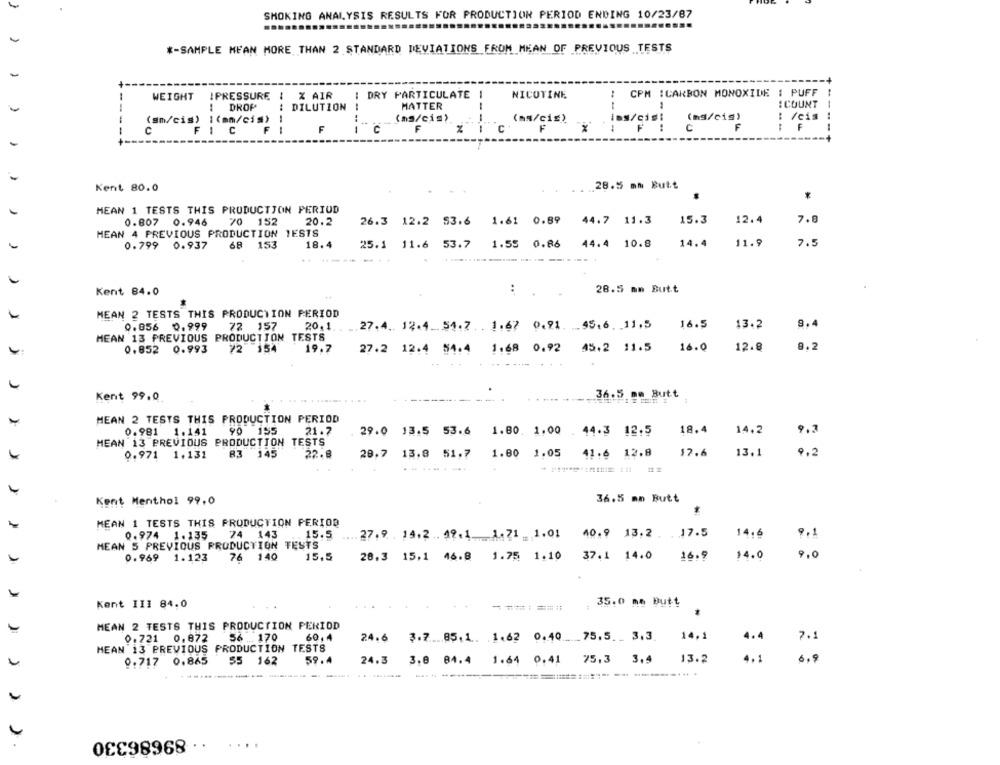
SMOKING ANALYSIS RESULTS FOR PRODUCTION PERIOD ENDING 10/23/87
.....
*- SAMPLE MEAN MORE THAN 2 STANDARD DEVIATIONS FROM MEAN OF PREVIOUS TESTS
CPM :CARBON MONOXIDE : PUFF
WEIGHT
IPRESSURE
X AIR
1 DRY PARTICULATE
NICOTINE
-
DROP
DILUTION
MATTER
:COUNT
--
(sm/cis) I(mn/cis>
--
(ms/cis)
: /eis
C
c
(aw/c1s) x
parcial cores ?
Kent 80.0
. . .. 28.5 mm Butt
MEAN 1 TESTS THIS PRODUCTION PERIOD
0.807
0.946
70 152
20.2
26.3 12.2 53.6 1.61 0.89 44.7 11.3
15.3
12.4
7.8
MEAN 4 PREVIOUS PRODUCTION TESTS
0.799
0.937
68
153
18.4
25.1 11.6 53.7
1.55 0.86
44.4 10.8
14.4
11.9
7.5
Kent 84.0
:
28.5 mm Butt
MEAN 2 TESTS THIS PRODUCTION PERIOD
0.056 0.999
72 157
20.1.
27.4. 12.4.54.7 .. 1.67 0.91. .. 95.6 . 11.5
16.5
13.2
9.4
MEAN 13 PREVIOUS PRODUCTION TESTS
0.852 0.993
72 154
19.7
27.2 12.4 54.4 1.68 0.92 45.2 11.5
16.0
12.8
8.2
Kent 99.0
36.5 mm Butt
MEAN 2 TESTS THIS PRODUCTION PERIOD
18.4
14.2
9.3
0.981 1.141
90 155
21.7
29.0 13.5 53.6
1.80. 1.00 44.3 12.5
MEAN 13 PREVIOUS PRODUCTION TESTS
41.6 12.8
$7.6
13.1
9,2
0.971 1.131
83 145
22.8
20.7 13,8 51.7
1.80 1.05
Kent Menthol 99,0
36.5 mm Butt
MEAN 1 TESTS THIS PRODUCTION PERIOD
0.974
1.135
74
143
15.5
27.9 . 14.2 . 49.1.1. 71 _1.01
40.9 13,2
17.5
14.6
9.1
MEAN 5 PREVIOUS PRODUCTION TESTS
0.969
1.123
76 140
15,5
28.3 15,1 46.8 1.75 1.10
37.1 14.0
16.9
$4.0
9.0
Kent III 84.0
35.0 mm Butt
=======
MEAN 2 TESTS THIS PRODUCTION PERIOD
60,4
14,1
0.721 0.872
56 ... 170
24.6 3.7 .... 85.1. 1.62 0.40 __ 75.5 ._ 3.3
7.1
MEAN 13 PREVIOUS PRODUCTION TESTS
59.4
13.2
6.9
0.717 0.865
$5 162
24.3
3,8 84.4 1.64 0,41
75,3 3,5
---
...
89686330